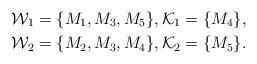
LaTeX: \begin{align*} & \mathcal{W}_1=\{M_1,M_3,M_5\}, \mathcal{K}_1=\{M_4\},\\& \mathcal{W}_2=\{M_2,M_3,M_4\}, \mathcal{K}_2=\{M_5\}.\end{align*}